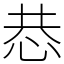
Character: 𢙄